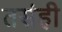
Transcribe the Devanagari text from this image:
तसंही